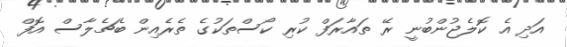
އަދި އެ ކޮލެޖުންބުނީ ރޭ ތައާރަފް ކުރި ކޯސްތަކުގެ ތެރެއިން ބެޗެލާސް އޮފް